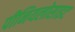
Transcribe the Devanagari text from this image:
पीनियलोसाइट